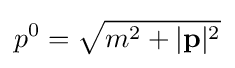
p^{0}={\sqrt {m^{2}+|\mathbf {p} |^{2}}}